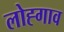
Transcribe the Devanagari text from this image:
लोह्गाव